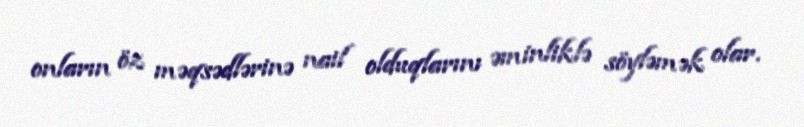
onların öz məqsədlərinə nail olduqlarını əminliklə söyləmək olar.